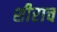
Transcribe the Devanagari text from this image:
शीराच